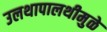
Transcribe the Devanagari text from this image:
उलथापालथीमुळे